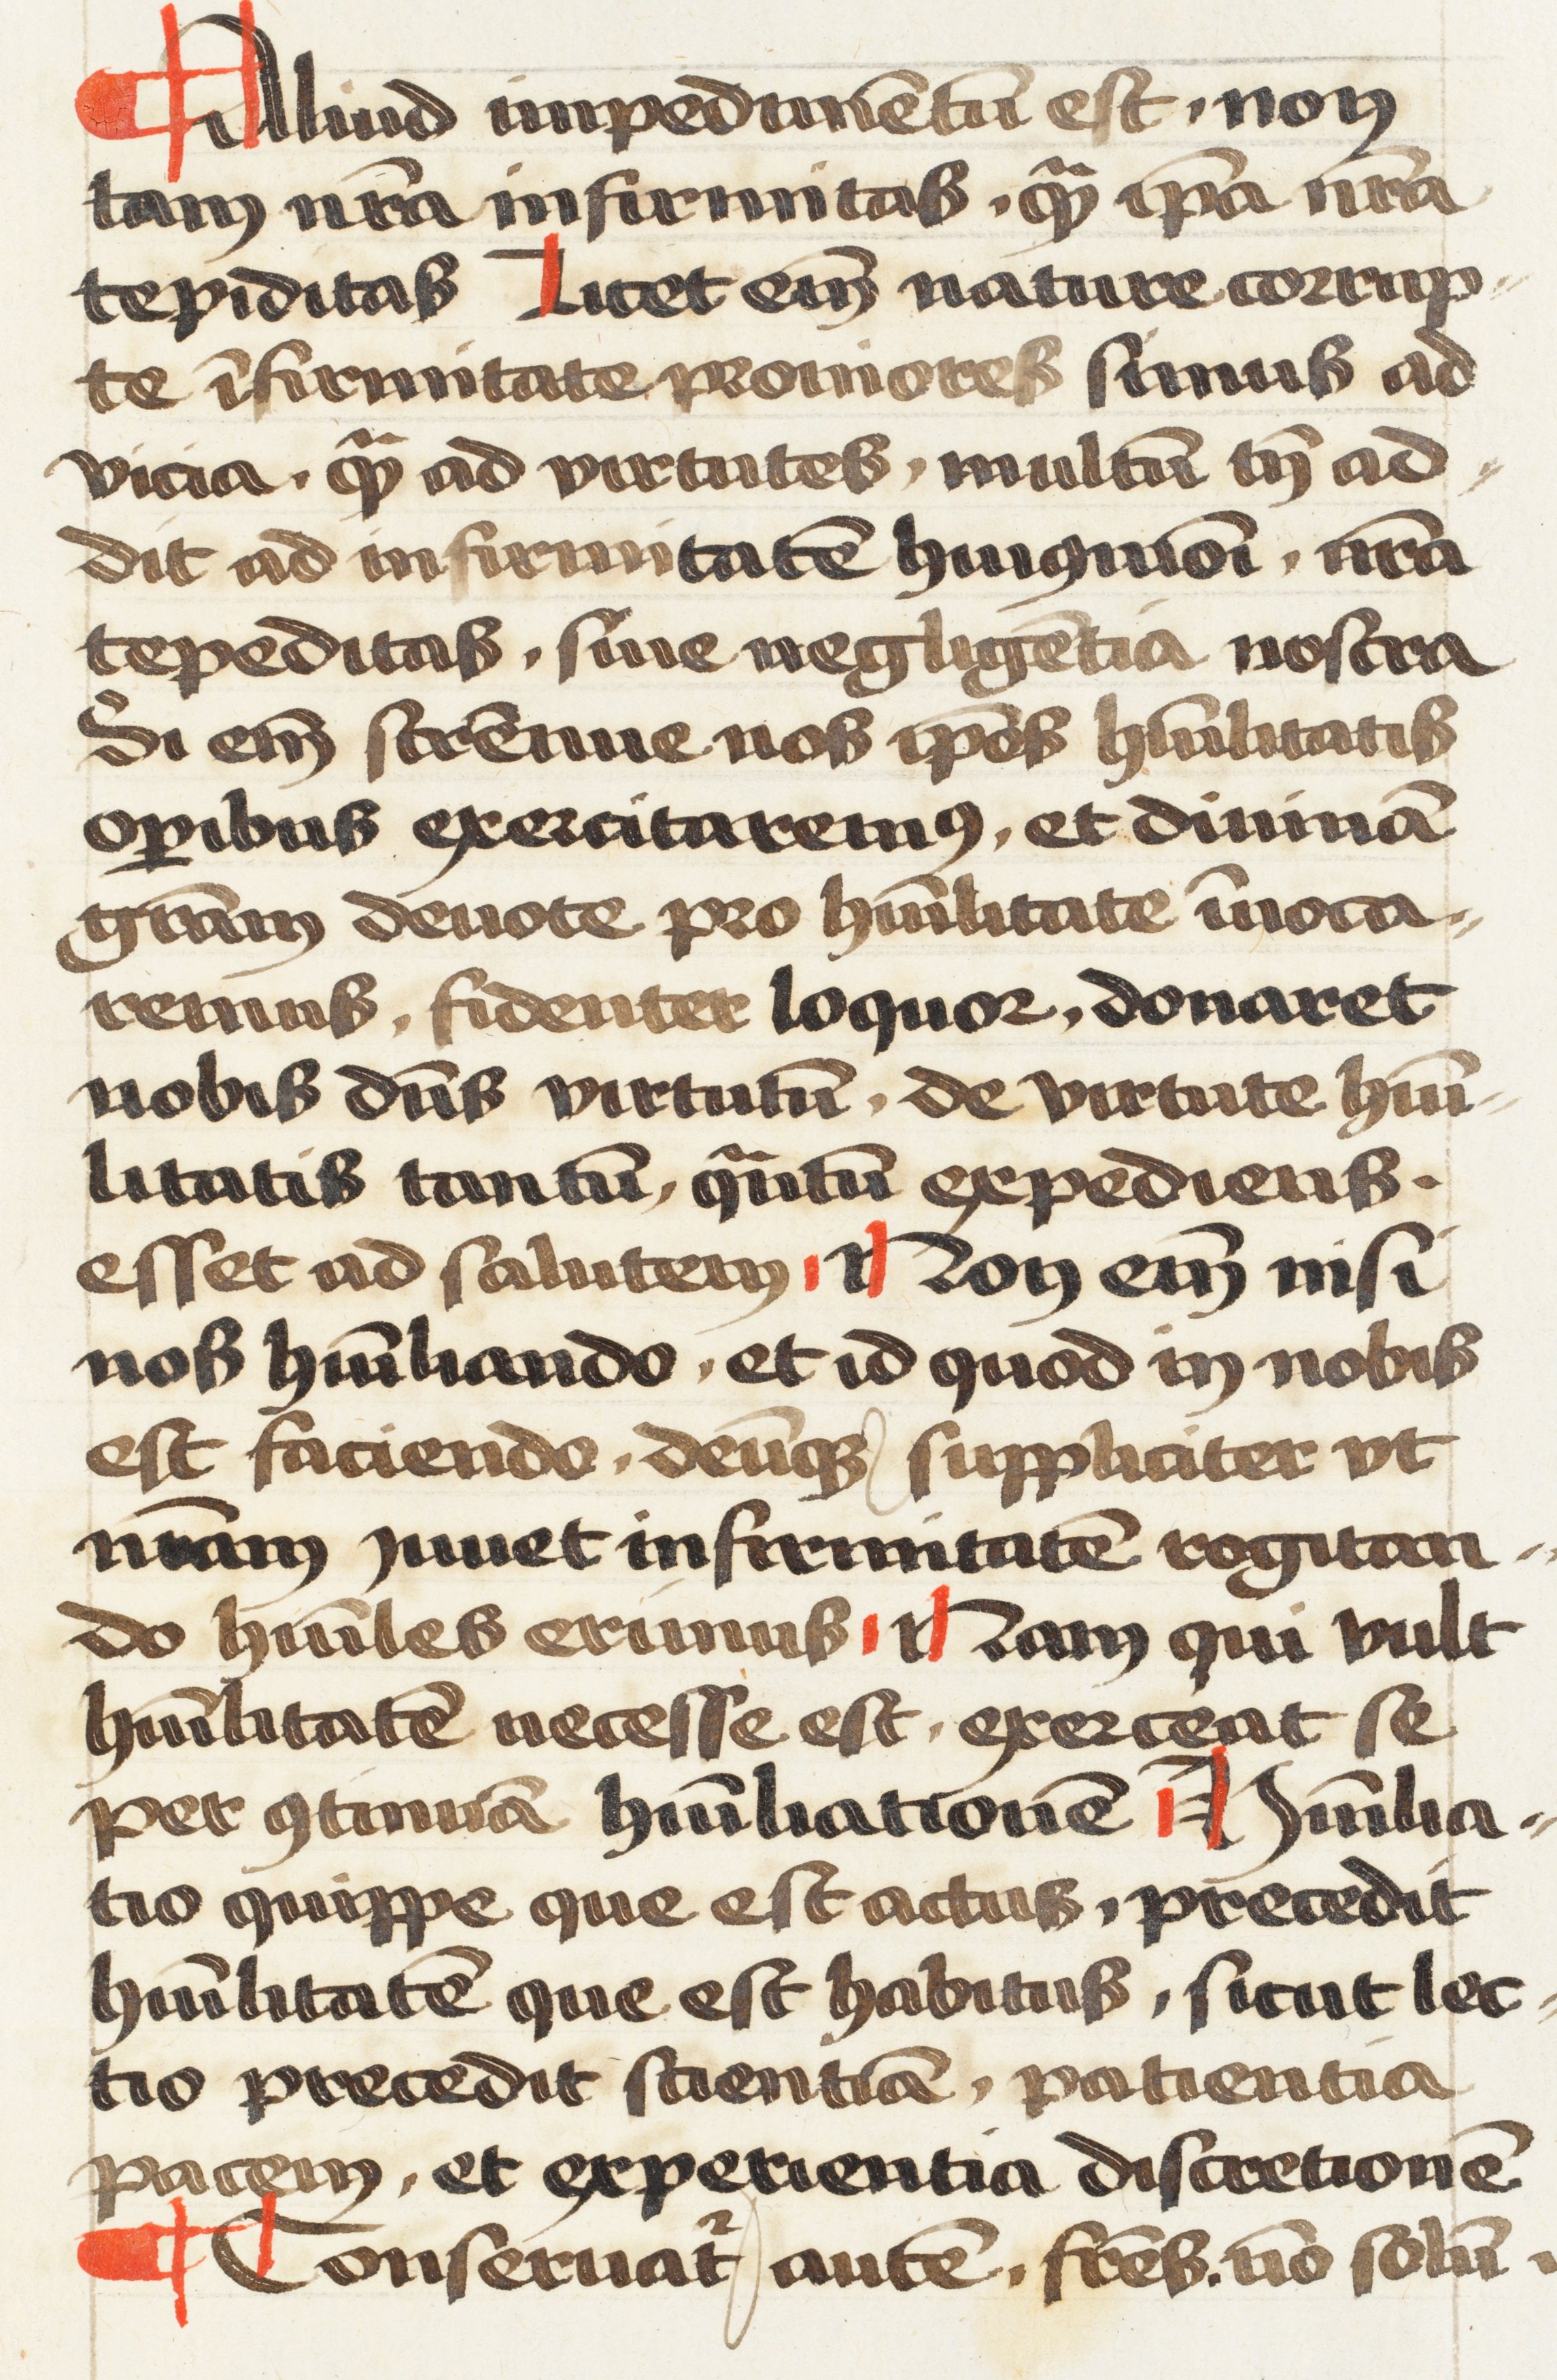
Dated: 1472–1472